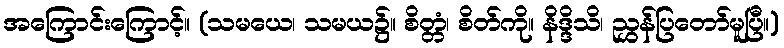
အကြောင်းကြောင့်။ (သမယေ၊ သမယ၌။ စိတ္တံ၊ စိတ်ကို။ နိဒ္ဒိသိ၊ ညွှန်ပြတော်မူပြီ။)